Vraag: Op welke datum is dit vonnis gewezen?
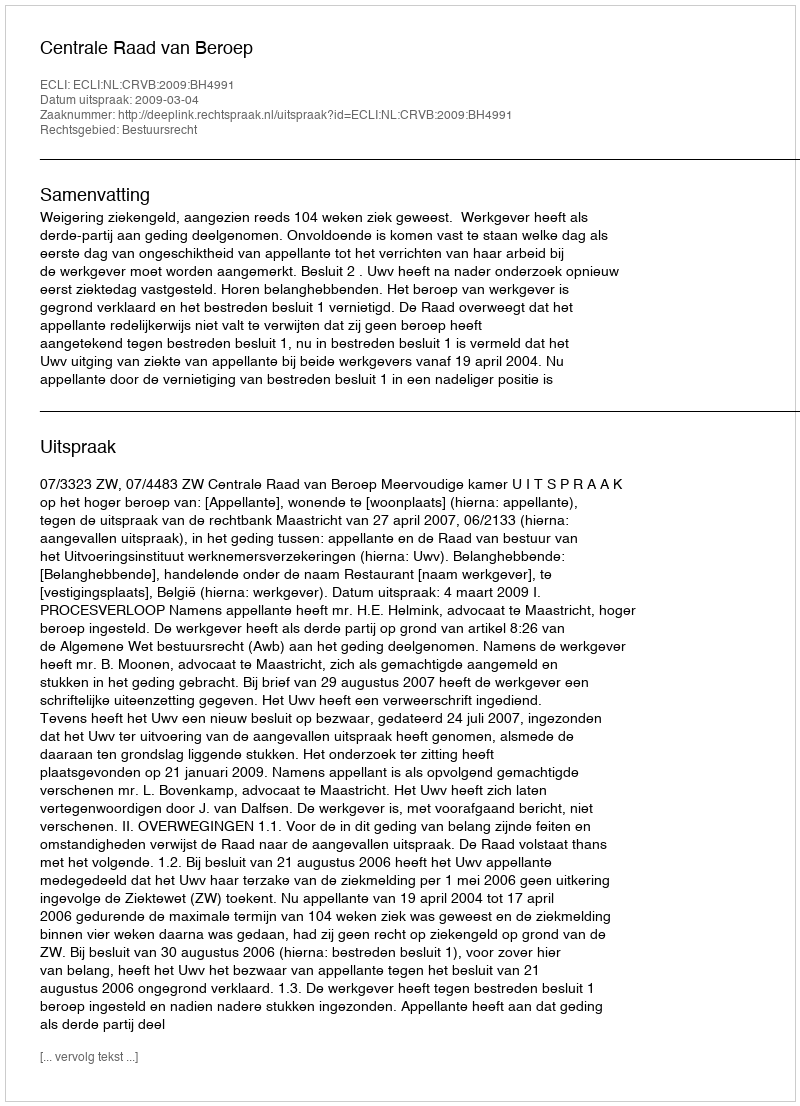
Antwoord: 2009-03-04